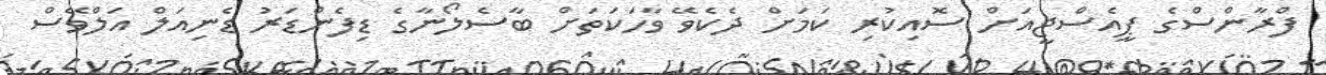
ފްރާންސްގެ ޕީއެސްޖީއަށް ސޮއިކުރި ކަމަށް ދެކެވޭ ވާހަކަތަށް ބާސެލޯނާގެ ޑިފެންޑަރު ޑެނިއަލް އަލްވޭސް